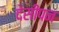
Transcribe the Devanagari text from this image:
देसीपन